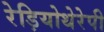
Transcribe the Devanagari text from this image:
रेड़ियोथेरेपी